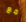
مع